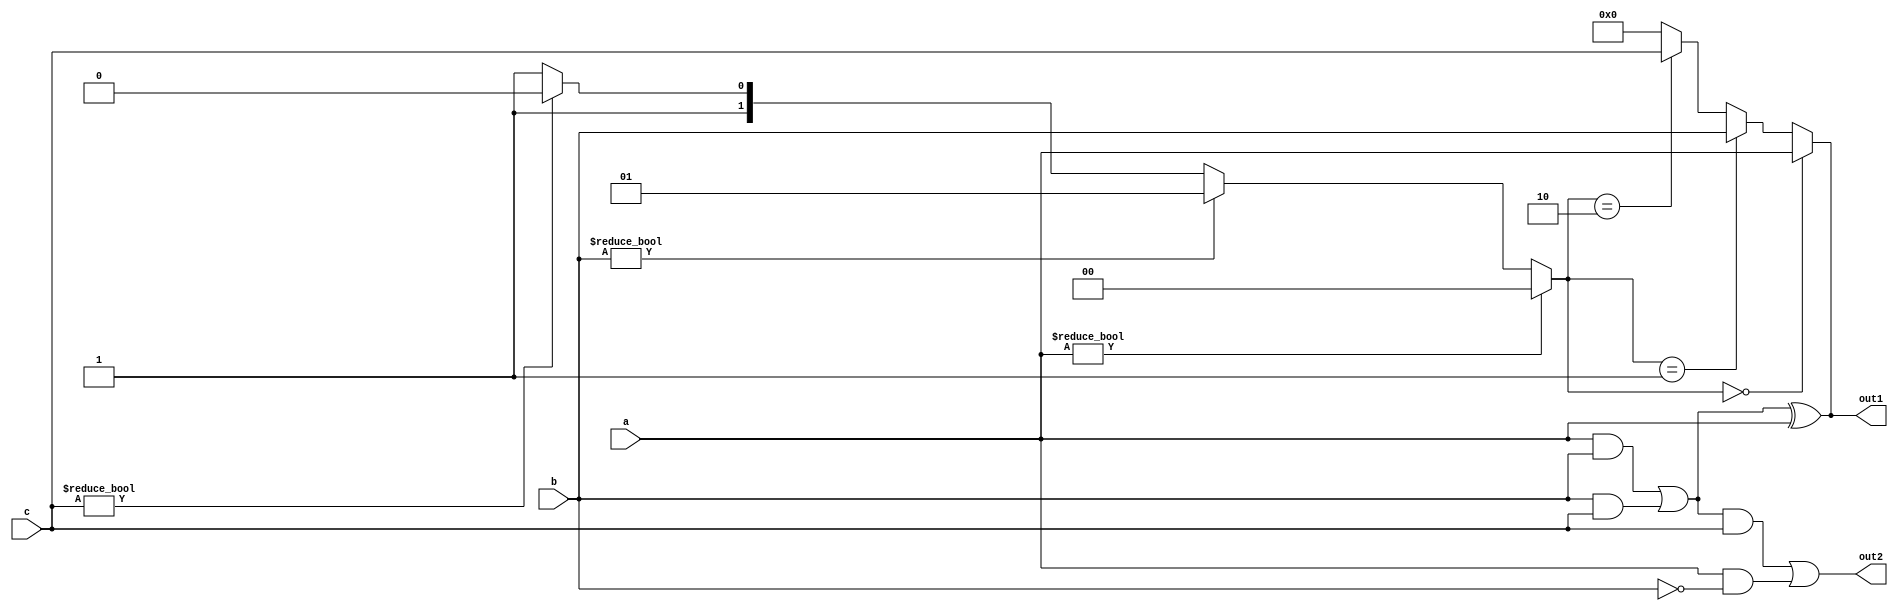
module combinational_logic (
    input wire [3:0] a,       // 4-bit input A
    input wire [3:0] b,       // 4-bit input B
    input wire [3:0] c,       // 4-bit input C
    output wire [3:0] out1,   // Output 1
    output wire [3:0] out2    // Output 2
);

// Intermediate shared logic
wire [3:0] common_logic;

// Function Decomposition
// Shared logic for both output calculations
assign common_logic = (a & b) | (b & c); // Example of shared logic

// Output 1: Using common logic
assign out1 = common_logic ^ a; // Example operation combining common logic and input a

// Output 2: Different operation but still using common logic
assign out2 = (common_logic & c) | (a & ~b); // Example of another output using common logic

// Priority Encoder Logic
// Assuming we want to prioritize input signals a, b, c to produce a single output
wire [1:0] priority_out;
always @(*) begin
    if (a != 0) priority_out = 2'b00; // Prioritize A
    else if (b != 0) priority_out = 2'b01; // Prioritize B
    else if (c != 0) priority_out = 2'b10; // Prioritize C
    else priority_out = 2'b11; // Default case
end

// Final Output based on Priority Encoder
assign out1 = (priority_out == 2'b00) ? a :
              (priority_out == 2'b01) ? b :
              (priority_out == 2'b10) ? c : 4'b0000;

// Timing Analysis and Resource Allocation considerations can be done during synthesis
// and implementation in the target FPGA or ASIC environment.

endmodule